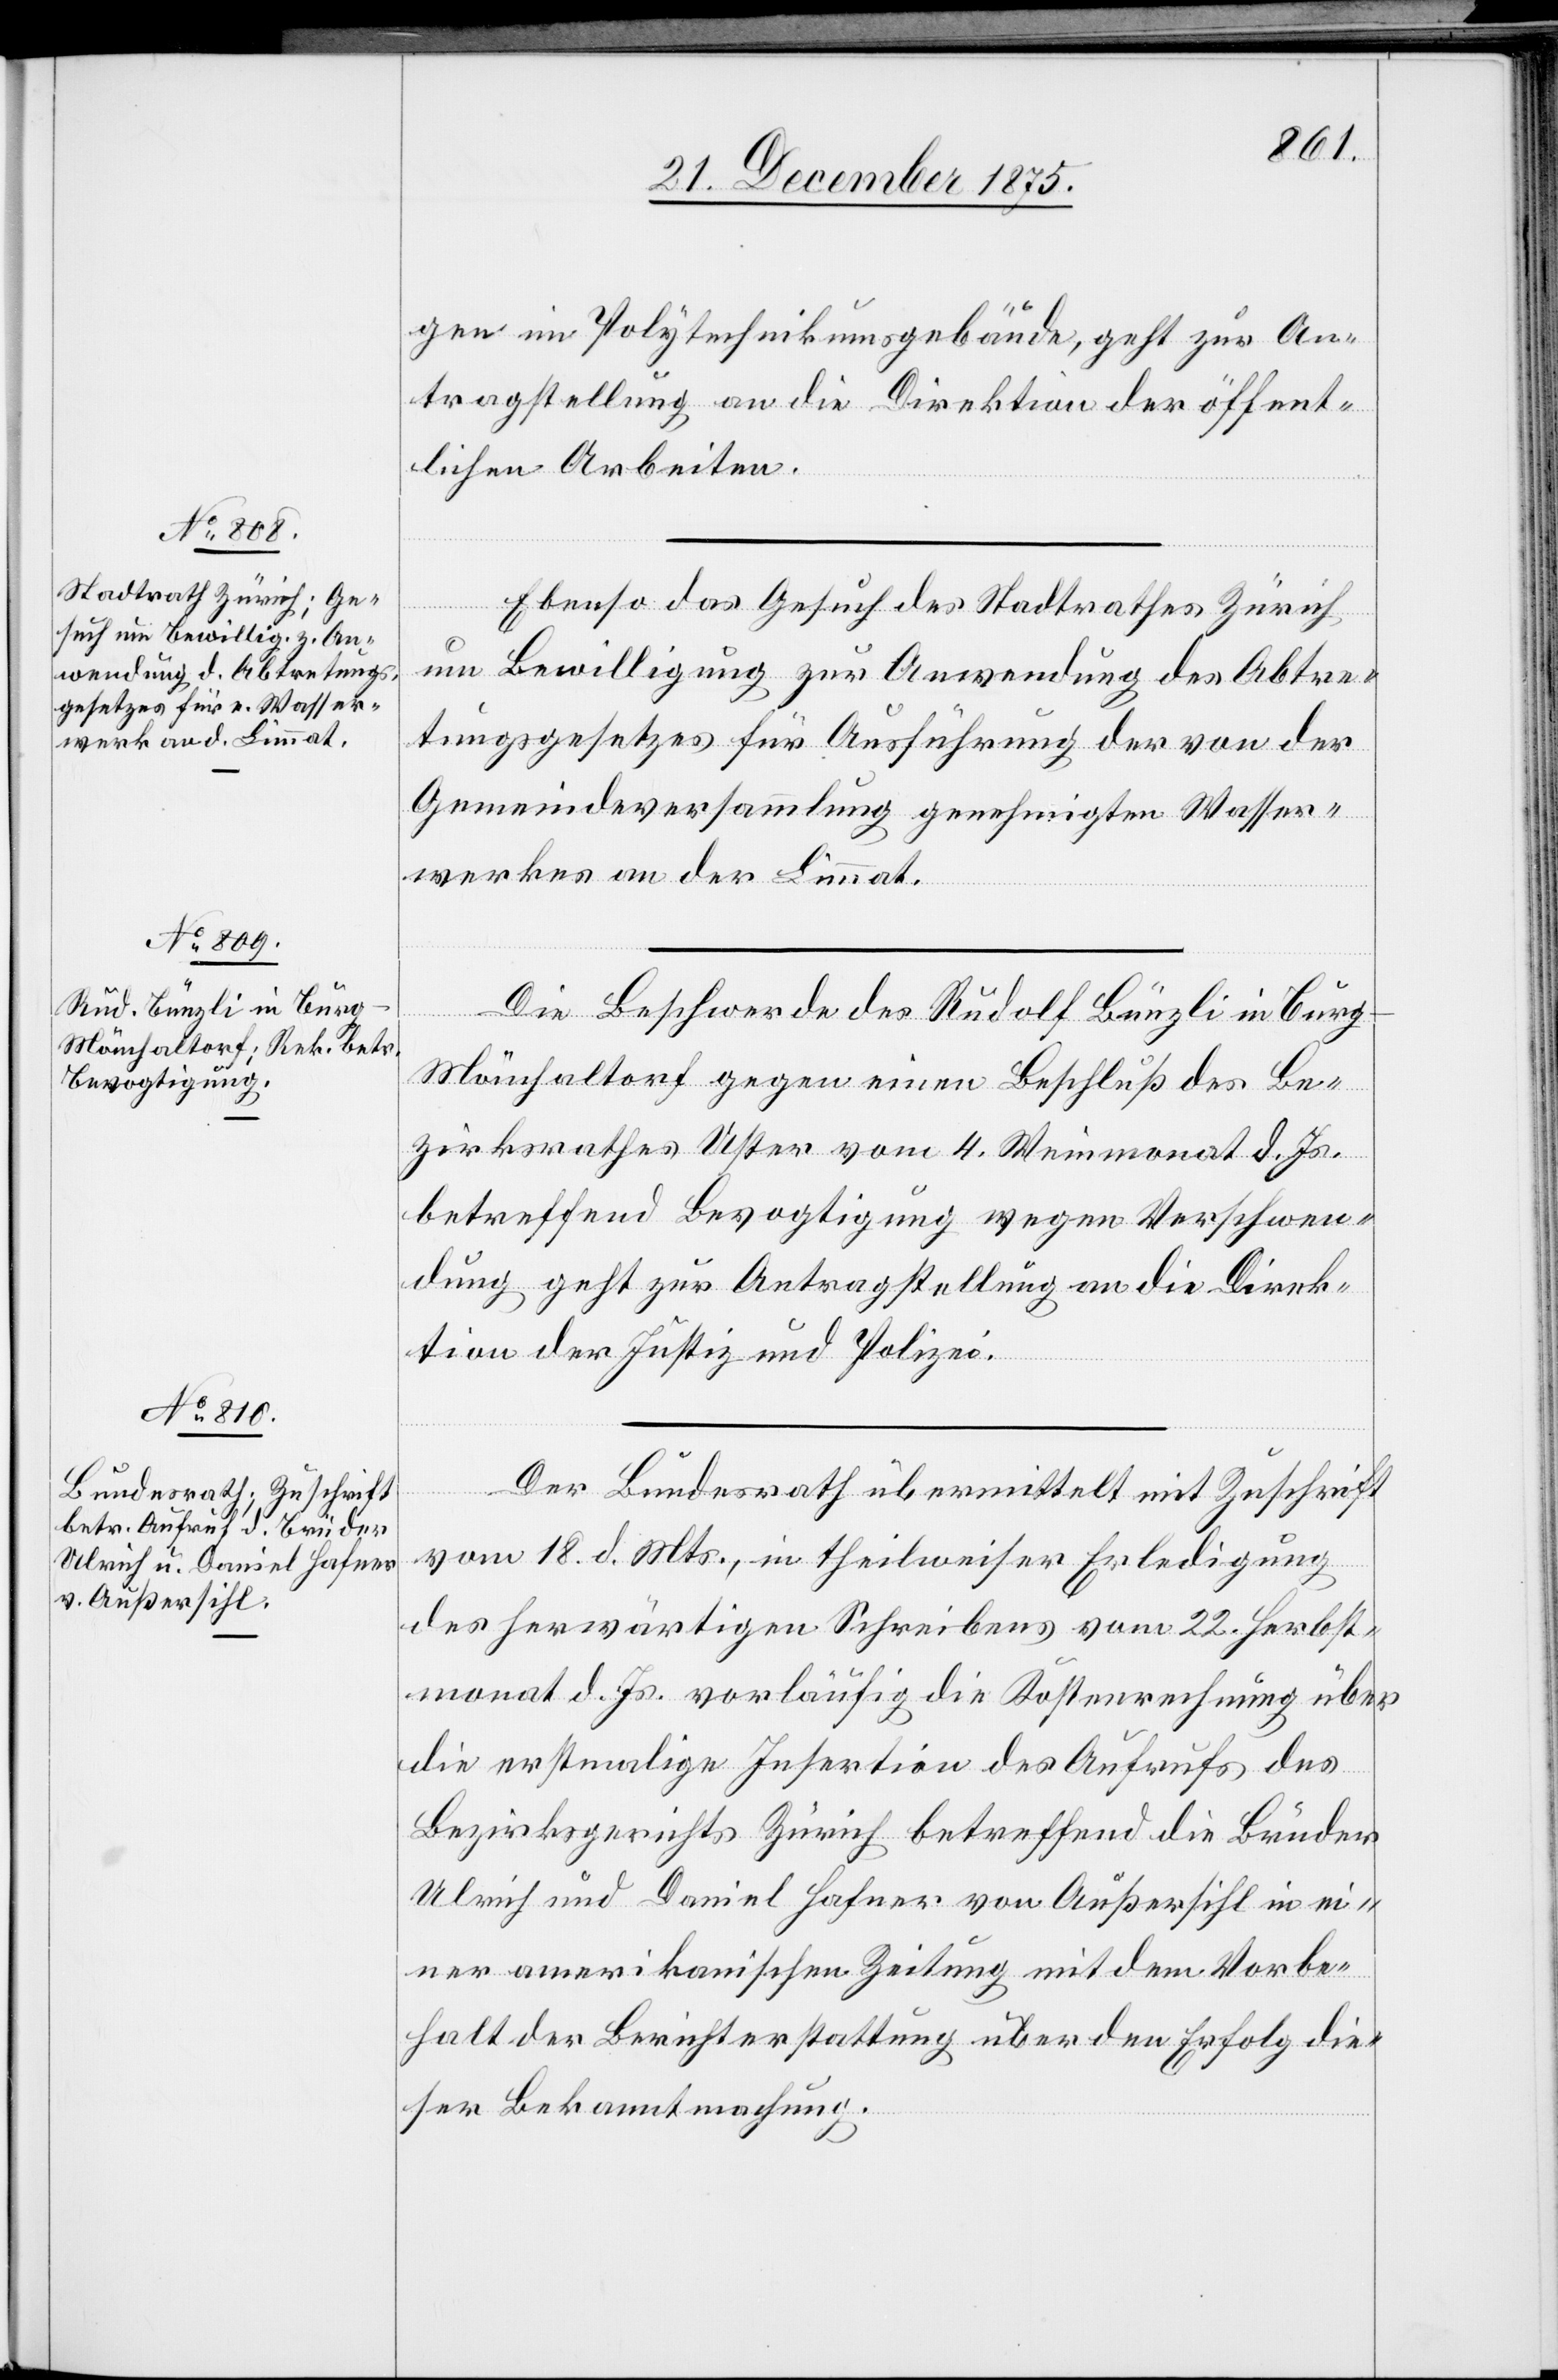
23. December 1875.]
gen im Polytechnikumsgebäude, geht zur An¬
tragstellung an die Direktion der öffent¬
lichen Arbeiten.
Ebenso das Gesuch des Stadtrathes Zürich,
um Bewilligung zur Anwendung des Abtre¬
tungsgesetzes für Ausführung des von der
Gemeindeversammlung genehmigten Wasser¬
werkes an der Limmat.
Die Beschwerde des Rudolf Bünzli in Burg
Mönchaltorf gegen einen Beschluß des Be¬
zirksrathes Uster vom 4. Weinmonat d. Js.
betreffend Bevogtigung wegen Verschwen¬
dung geht zur Antragstellung an die Direk¬
tion der Justiz und Polizei.
[Fortsetzung
Der Bundesrath übermittelt mit Zuschrift
vom 18. d. Mts., in theilweiser Erledigung
des herwärtigen Schreibens vom 22. Herbst¬
monat d. Js. vorläufig die Kostenrechnung über
die erstmalige Insertion des Aufrufs des
Bezirksgerichts Zürich betreffend die Brüder
Ulrich und Daniel Hafner von Außersihl in ei¬
ner amerikanischen Zeitung mit dem Vorbe¬
halt der Berichterstattung über den Erfolg die¬
ser Bekanntmachung.